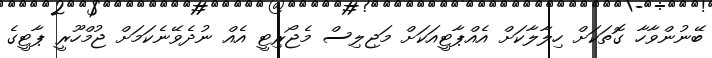
ބޭނުންވާހާ ގޮތަކަށް ހިލާލާކަށް އެއްޕާޓީއަކަށް މަޖިލިސް މެޖޯރިޓީ އެއް ނުދެވޭނެކަމަށް ޖުމްހޫރީ ޕާޓީގެ